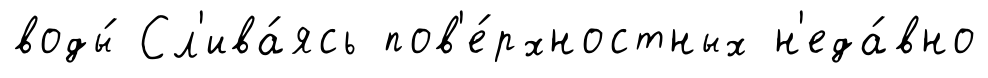
воды́ Сл'ива́ясь пов'е́рхностных н'еда́вно